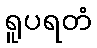
ရူပရတံ